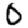
Digit: 0